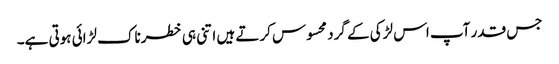
جس قدر آپ اس لڑکی کے گرد محسوس کرتے ہیں اتنی ہی خطرناک لڑائی ہوتی ہے۔